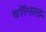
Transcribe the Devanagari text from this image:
वॉल्सल